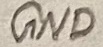
Text: GND